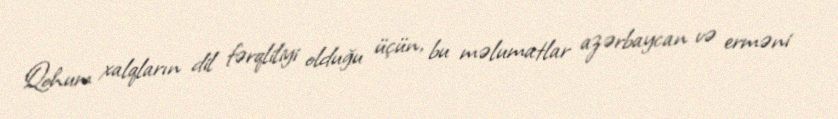
Qohum xalqların dil fərqliliyi olduğu üçün, bu məlumatlar azərbaycan və erməni